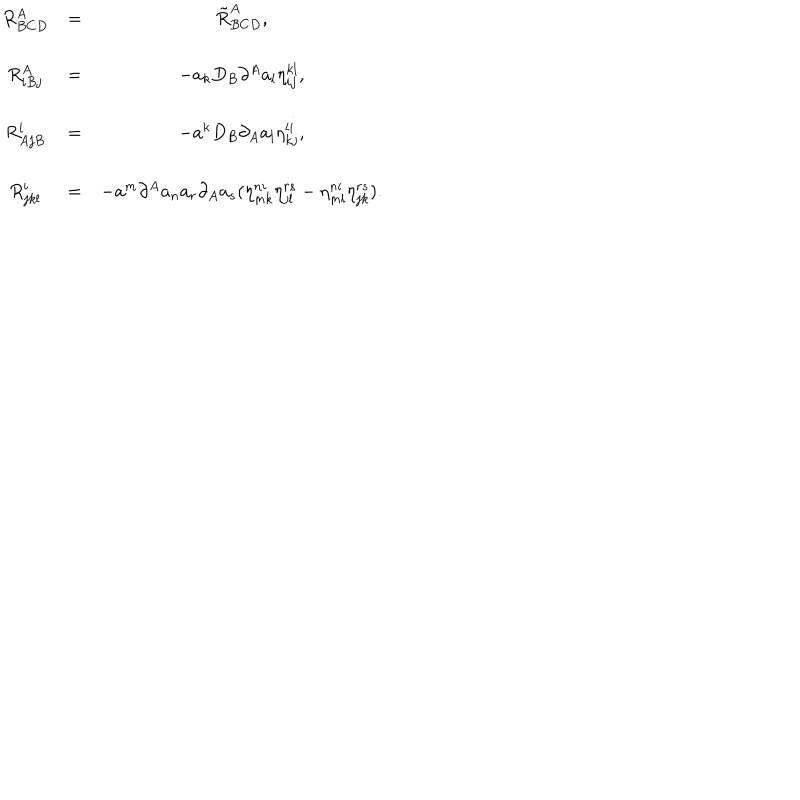
\begin{array} { c c c } { { R _ { B C D } ^ { A } } } & { { = } } & { { \tilde { R } _ { B C D } ^ { A } , } } \\ { { } } & { { } } & { { } } \\ { { R _ { i B j } ^ { A } } } & { { = } } & { { - a _ { k } D _ { B } \partial ^ { A } a _ { l } \eta _ { i j } ^ { k l } , } } \\ { { } } & { { } } & { { } } \\ { { R _ { A j B } ^ { i } } } & { { = } } & { { - a ^ { k } D _ { B } \partial _ { A } a _ { l } \eta _ { k j } ^ { l i } , } } \\ { { } } & { { } } & { { } } \\ { { R _ { j k l } ^ { i } } } & { { = } } & { { - a ^ { m } \partial ^ { A } a _ { n } a _ { r } \partial _ { A } a _ { s } ( \eta _ { m k } ^ { n i } \eta _ { j l } ^ { r s } - \eta _ { m l } ^ { n i } \eta _ { j k } ^ { r s } ) . } } \\ \end{array}